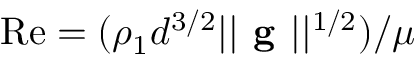
\mathrm { R e } = ( \rho _ { 1 } d ^ { 3 / 2 } | | \textbf { g } | | ^ { 1 / 2 } ) / \mu